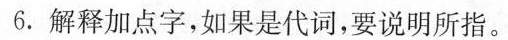
6. 解释加点字,如果是代词,要说明所指。